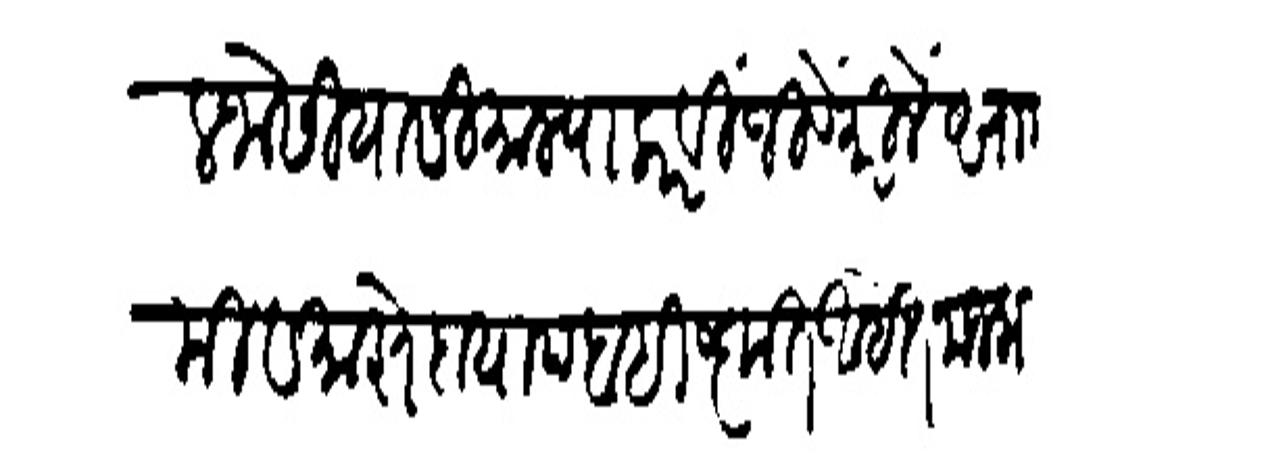
Transliteration (Devanagari): विठल जोसी यासी माल्याकरवीं जिवे मारिलें साा मी व माझे दायाद बहिष्कृत आहेत मजला